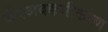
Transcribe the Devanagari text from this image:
जैवअवक्रमीकरण